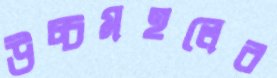
উচ্চমহলের